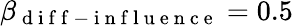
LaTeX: \beta_{\mathrm{~d~i~f~f~-~i~n~f~l~u~e~n~c~e~}}=0.5